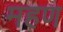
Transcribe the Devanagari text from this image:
महण